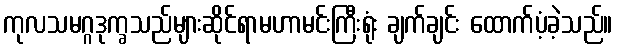
ကုလသမဂ္ဂဒုက္ခသည်များဆိုင်ရာမဟာမင်းကြီးရုံး ချက်ချင်း ထောက်ပံ့ခဲ့သည်။